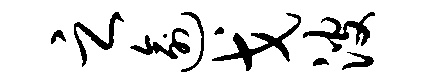
之逾戈波